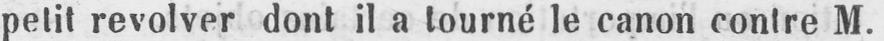
petit revolver dont il a tourné le canon contre M.